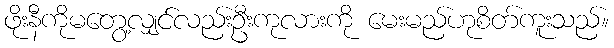
ဖိုးနီကိုမတွေ့လျှင်လည်းဦးကုလားကို မေးမည်ဟုစိတ်ကူးသည်။